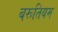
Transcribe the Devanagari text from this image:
बरूतियम